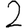
Digit: 2